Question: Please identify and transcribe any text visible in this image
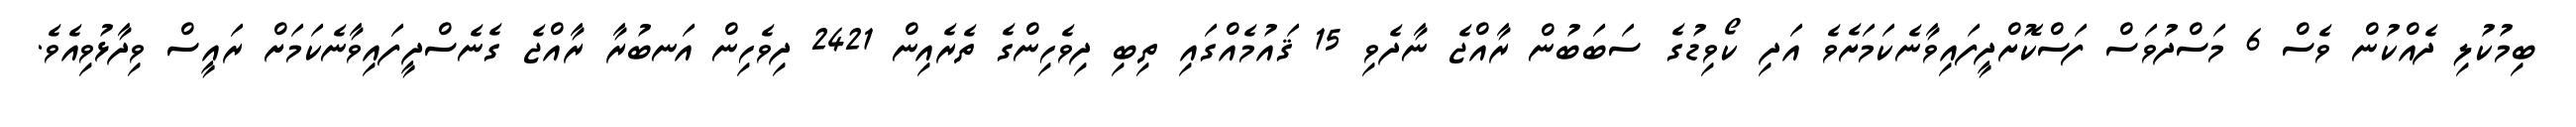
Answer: ބިމުކުލި ދެއްކުން ވެސް 6 މަސްދުވަސް ފަސްކޮށްދީފައިވާނެކަމަށެވެ އަދި ކޯވިޑުގެ ސަބަބުން ރާއްޖެ ނާދެވި 15 ޤައުމެއްގައި ތިބި ދިވެހިންގެ ތެރެއިން 2421 ދިވެހިން އަނބުރާ ރާއްޖެ ގެނެސްދީފައިވާނެކަމަށް ރައީސް ވިދާޅުވިއެވެ.